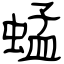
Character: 蜢